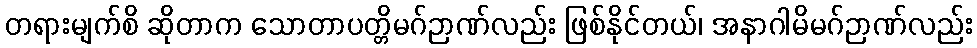
တရားမျက်စိ ဆိုတာက သောတာပတ္တိမဂ်ဉာဏ်လည်း ဖြစ်နိုင်တယ်၊ အနာဂါမိမဂ်ဉာဏ်လည်း